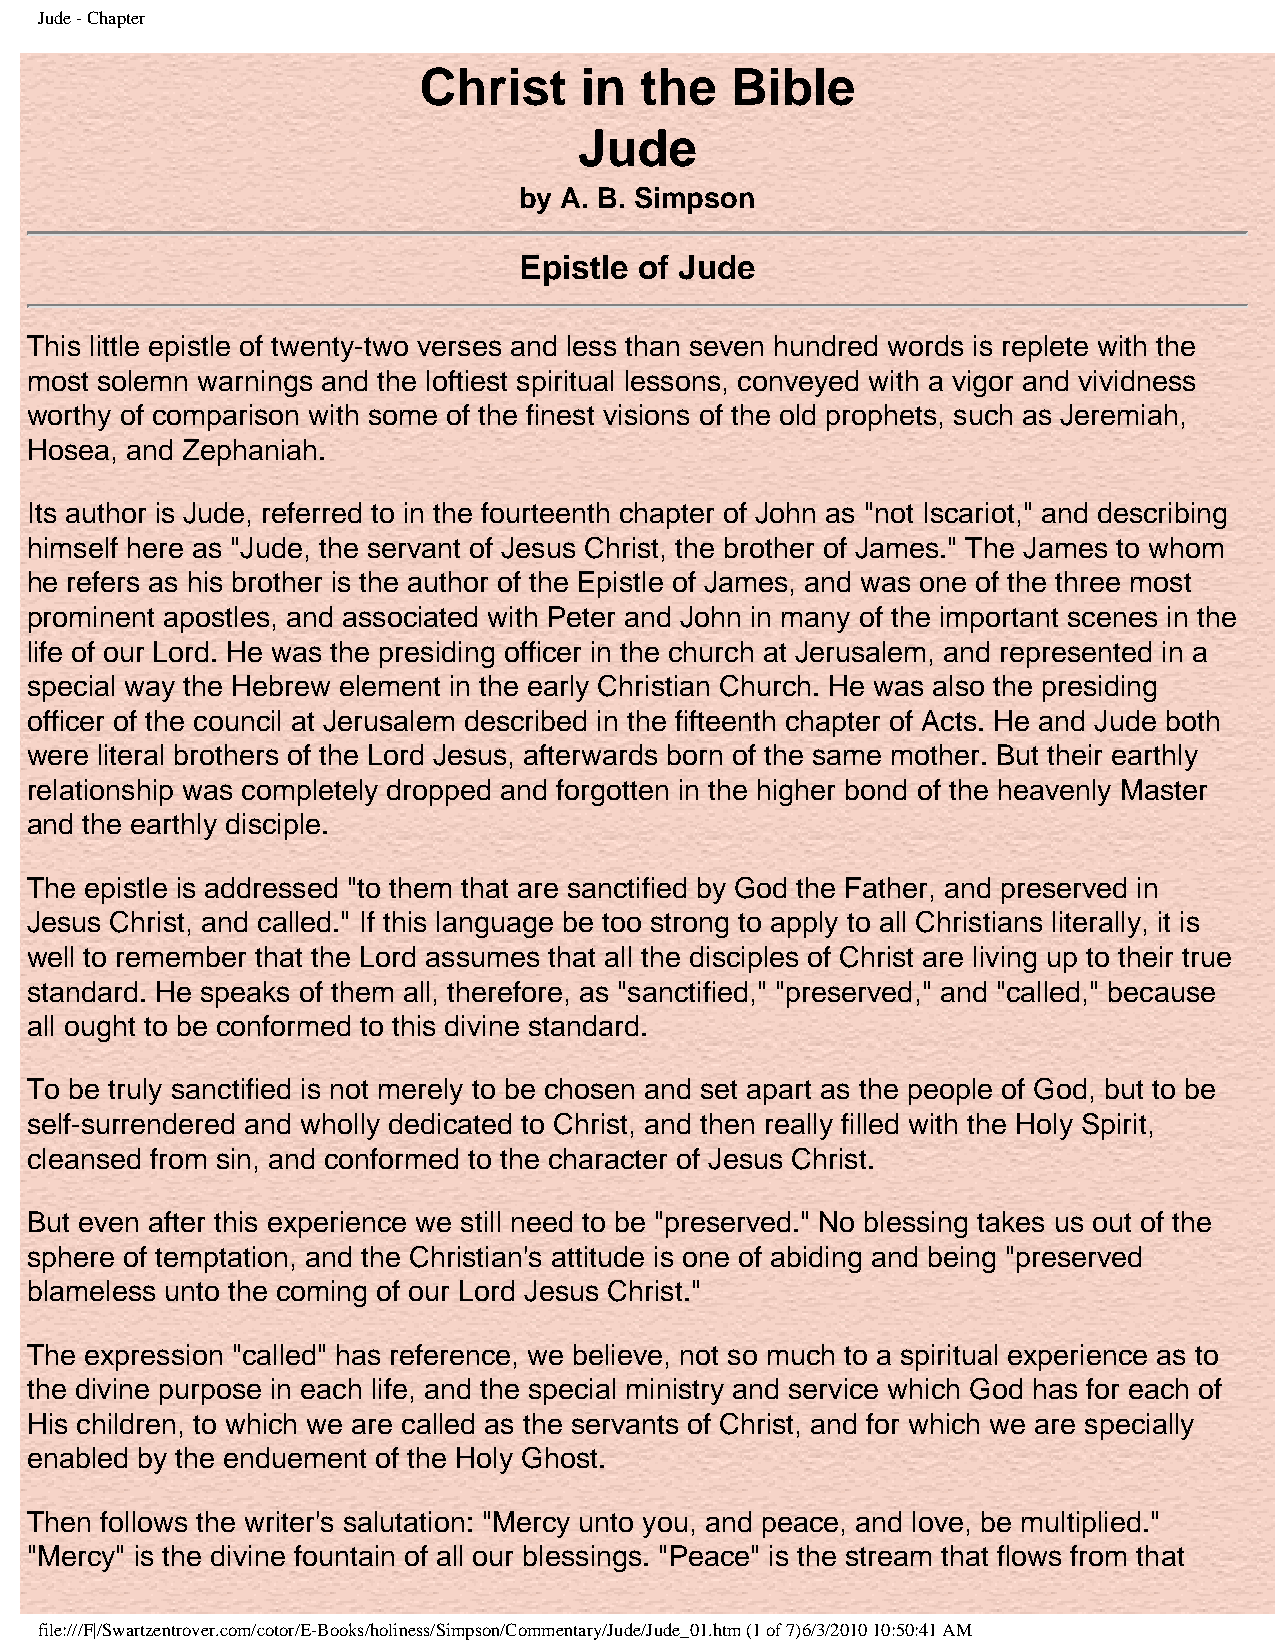
Jude - Chapter
 Christ    in  the   Bible
 Jude
 by A. B. Simpson
 Epistle of Jude
 This little epistle of twenty-two verses and less than seven hundred words is replete with the
 most solemn warnings and the loftiest spiritual lessons, conveyed with a vigor and vividness
 worthy of comparison with some of the finest visions of the old prophets, such as Jeremiah,
 Hosea, and Zephaniah.
 Its author is Jude, referred to in the fourteenth chapter of John as "not Iscariot," and describing
 himself here as "Jude, the servant of Jesus Christ, the brother of James." The James to whom
 he refers as his brother is the author of the Epistle of James, and was one of the three most
 prominent apostles, and associated with Peter and John in many of the important scenes in the
 life of our Lord. He was the presiding officer in the church at Jerusalem, and represented in a
 special way the Hebrew element in the early Christian Church. He was also the presiding
 officer of the council at Jerusalem described in the fifteenth chapter of Acts. He and Jude both
 were literal brothers of the Lord Jesus, afterwards born of the same mother. But their earthly
 relationship was completely dropped and forgotten in the higher bond of the heavenly Master
 and the earthly disciple.
 The epistle is addressed "to them that are sanctified by God the Father, and preserved in
 Jesus Christ, and called." If this language be too strong to apply to all Christians literally, it is
 well to remember that the Lord assumes that all the disciples of Christ are living up to their true
 standard. He speaks of them all, therefore, as "sanctified," "preserved," and "called," because
 all ought to be conformed to this divine standard.
 To be truly sanctified is not merely to be chosen and set apart as the people of God, but to be
 self-surrendered and wholly dedicated to Christ, and then really filled with the Holy Spirit,
 cleansed from sin, and conformed to the character of Jesus Christ.
 But even after this experience we still need to be "preserved." No blessing takes us out of the
 sphere of temptation, and the Christian's attitude is one of abiding and being "preserved
 blameless unto the coming of our Lord Jesus Christ."
 The expression "called" has reference, we believe, not so much to a spiritual experience as to
 the divine purpose in each life, and the special ministry and service which God has for each of
 His children, to which we are called as the servants of Christ, and for which we are specially
 enabled by the enduement of the Holy Ghost.
 Then follows the writer's salutation: "Mercy unto you, and peace, and love, be multiplied."
 "Mercy" is the divine fountain of all our blessings. "Peace" is the stream that flows from that
 file:///F|/Swartzentrover.com/cotor/E-Books/holiness/Simpson/Commentary/Jude/Jude_01.htm (1 of 7)6/3/2010 10:50:41 AM